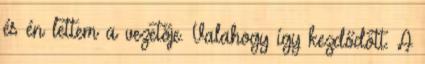
és én lettem a vezetője. Valahogy így kezdődött. A